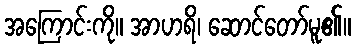
အကြောင်းကို။ အာဟရိ၊ ဆောင်တော်မူ၏။